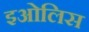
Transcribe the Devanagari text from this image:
इओलिस